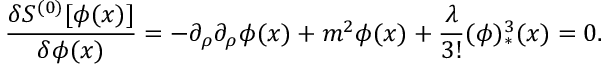
{ \frac { \delta S ^ { ( 0 ) } [ \phi ( x ) ] } { \delta \phi ( x ) } } = - \partial _ { \rho } \partial _ { \rho } \phi ( x ) + m ^ { 2 } \phi ( x ) + { \frac { \lambda } { 3 ! } } ( \phi ) _ { * } ^ { 3 } ( x ) = 0 .